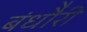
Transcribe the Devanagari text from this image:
बंधौैरी